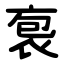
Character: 袌